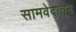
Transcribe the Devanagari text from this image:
सामवेदातून